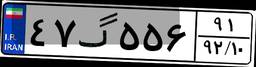
۴۷گ۵۵۶۹۱